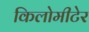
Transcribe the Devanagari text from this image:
किलोमीटेर